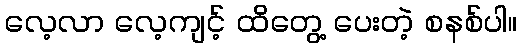
လေ့လာ လေ့ကျင့် ထိတွေ့ ပေးတဲ့ စနစ်ပါ။